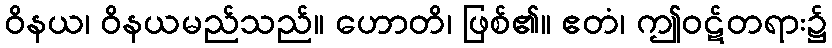
ဝိနယ၊ ဝိနယမည်သည်။ ဟောတိ၊ ဖြစ်၏။ ဧတံ၊ ဤဝဋ်တရား၌